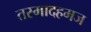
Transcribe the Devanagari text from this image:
तस्मादहमज